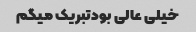
خیلی عالی بودتبریک میگم